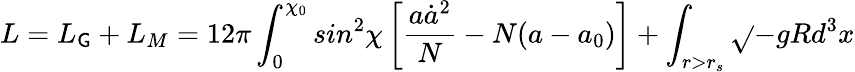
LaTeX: L=L_{\mathsf{G}}+L_{M}=12\pi\int_{0}^{\chi_{0}}sin^{2}\chi\left[\frac{{a\dot{{a}}^{2}}}{{N}}-N(a-a_{0})\right]+\int_{r>r_{s}}\sqrt{}{{-g}}Rd^{3}x